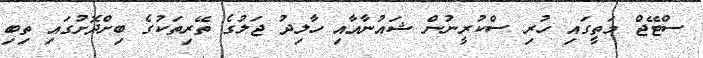
ސްޓޭޖް މަތީގައި ހުރި ސްކުރީނުން ޝައުނާއާއި ހާލިދު ޖަލުގެ ތޭރިތަކުގެ ބިށްދޮށުގައި ތިބި